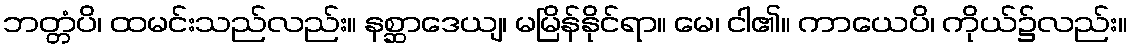
ဘတ္တံပိ၊ ထမင်းသည်လည်း။ နစ္ဆာဒေယျ၊ မမြိန်နိုင်ရာ။ မေ၊ ငါ၏။ ကာယေပိ၊ ကိုယ်၌လည်း။